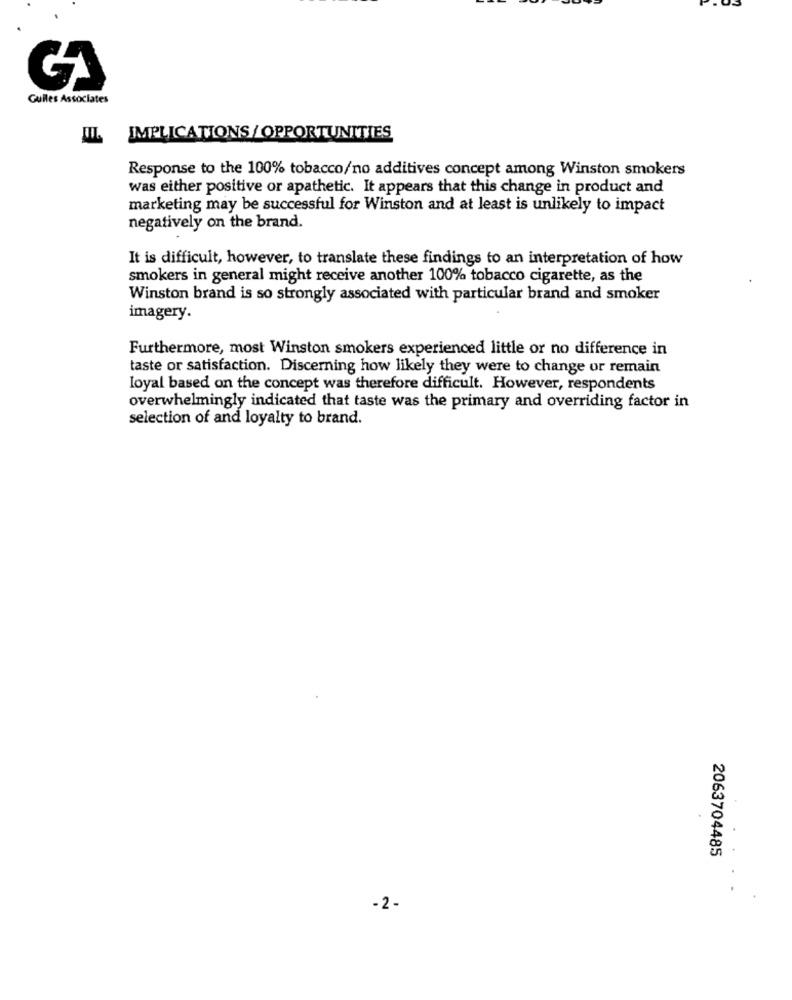
Guiles Associates
IMPLICATIONS / OPPORTUNITIES
Response to the 100% tobacco/no additives concept among Winston smokers
was either positive or apathetic. It appears that this change in product and
marketing may be successful for Winston and at least is unlikely to impact
negatively on the brand.
It is difficult, however, to translate these findings to an interpretation of how
smokers in general might receive another 100% tobacco cigarette, as the
Winston brand is so strongly associated with particular brand and smoker
imagery.
Furthermore, most Winston smokers experienced little or no difference in
taste or satisfaction. Discerning how likely they were to change or remain
loyal based on the concept was therefore difficult. However, respondents
overwhelmingly indicated that taste was the primary and overriding factor in
selection of and loyalty to brand.
2063704485
-2-